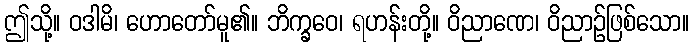
ဤသို့။ ဝဒါမိ၊ ဟောတော်မူ၏။ ဘိက္ခဝေ၊ ရဟန်းတို့။ ဝိညာဏေ၊ ဝိညာဉ်ဖြစ်သော။